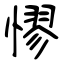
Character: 憀